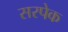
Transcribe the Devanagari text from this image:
सरपेक